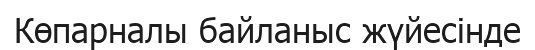
Көпарналы байланыс жүйесінде